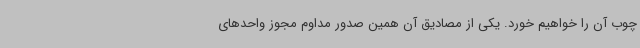
چوب آن را خواهیم خورد. یکی از مصادیق آن همین صدور مداوم مجوز واحدهای